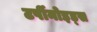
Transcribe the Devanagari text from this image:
टर्पीनोइड्स